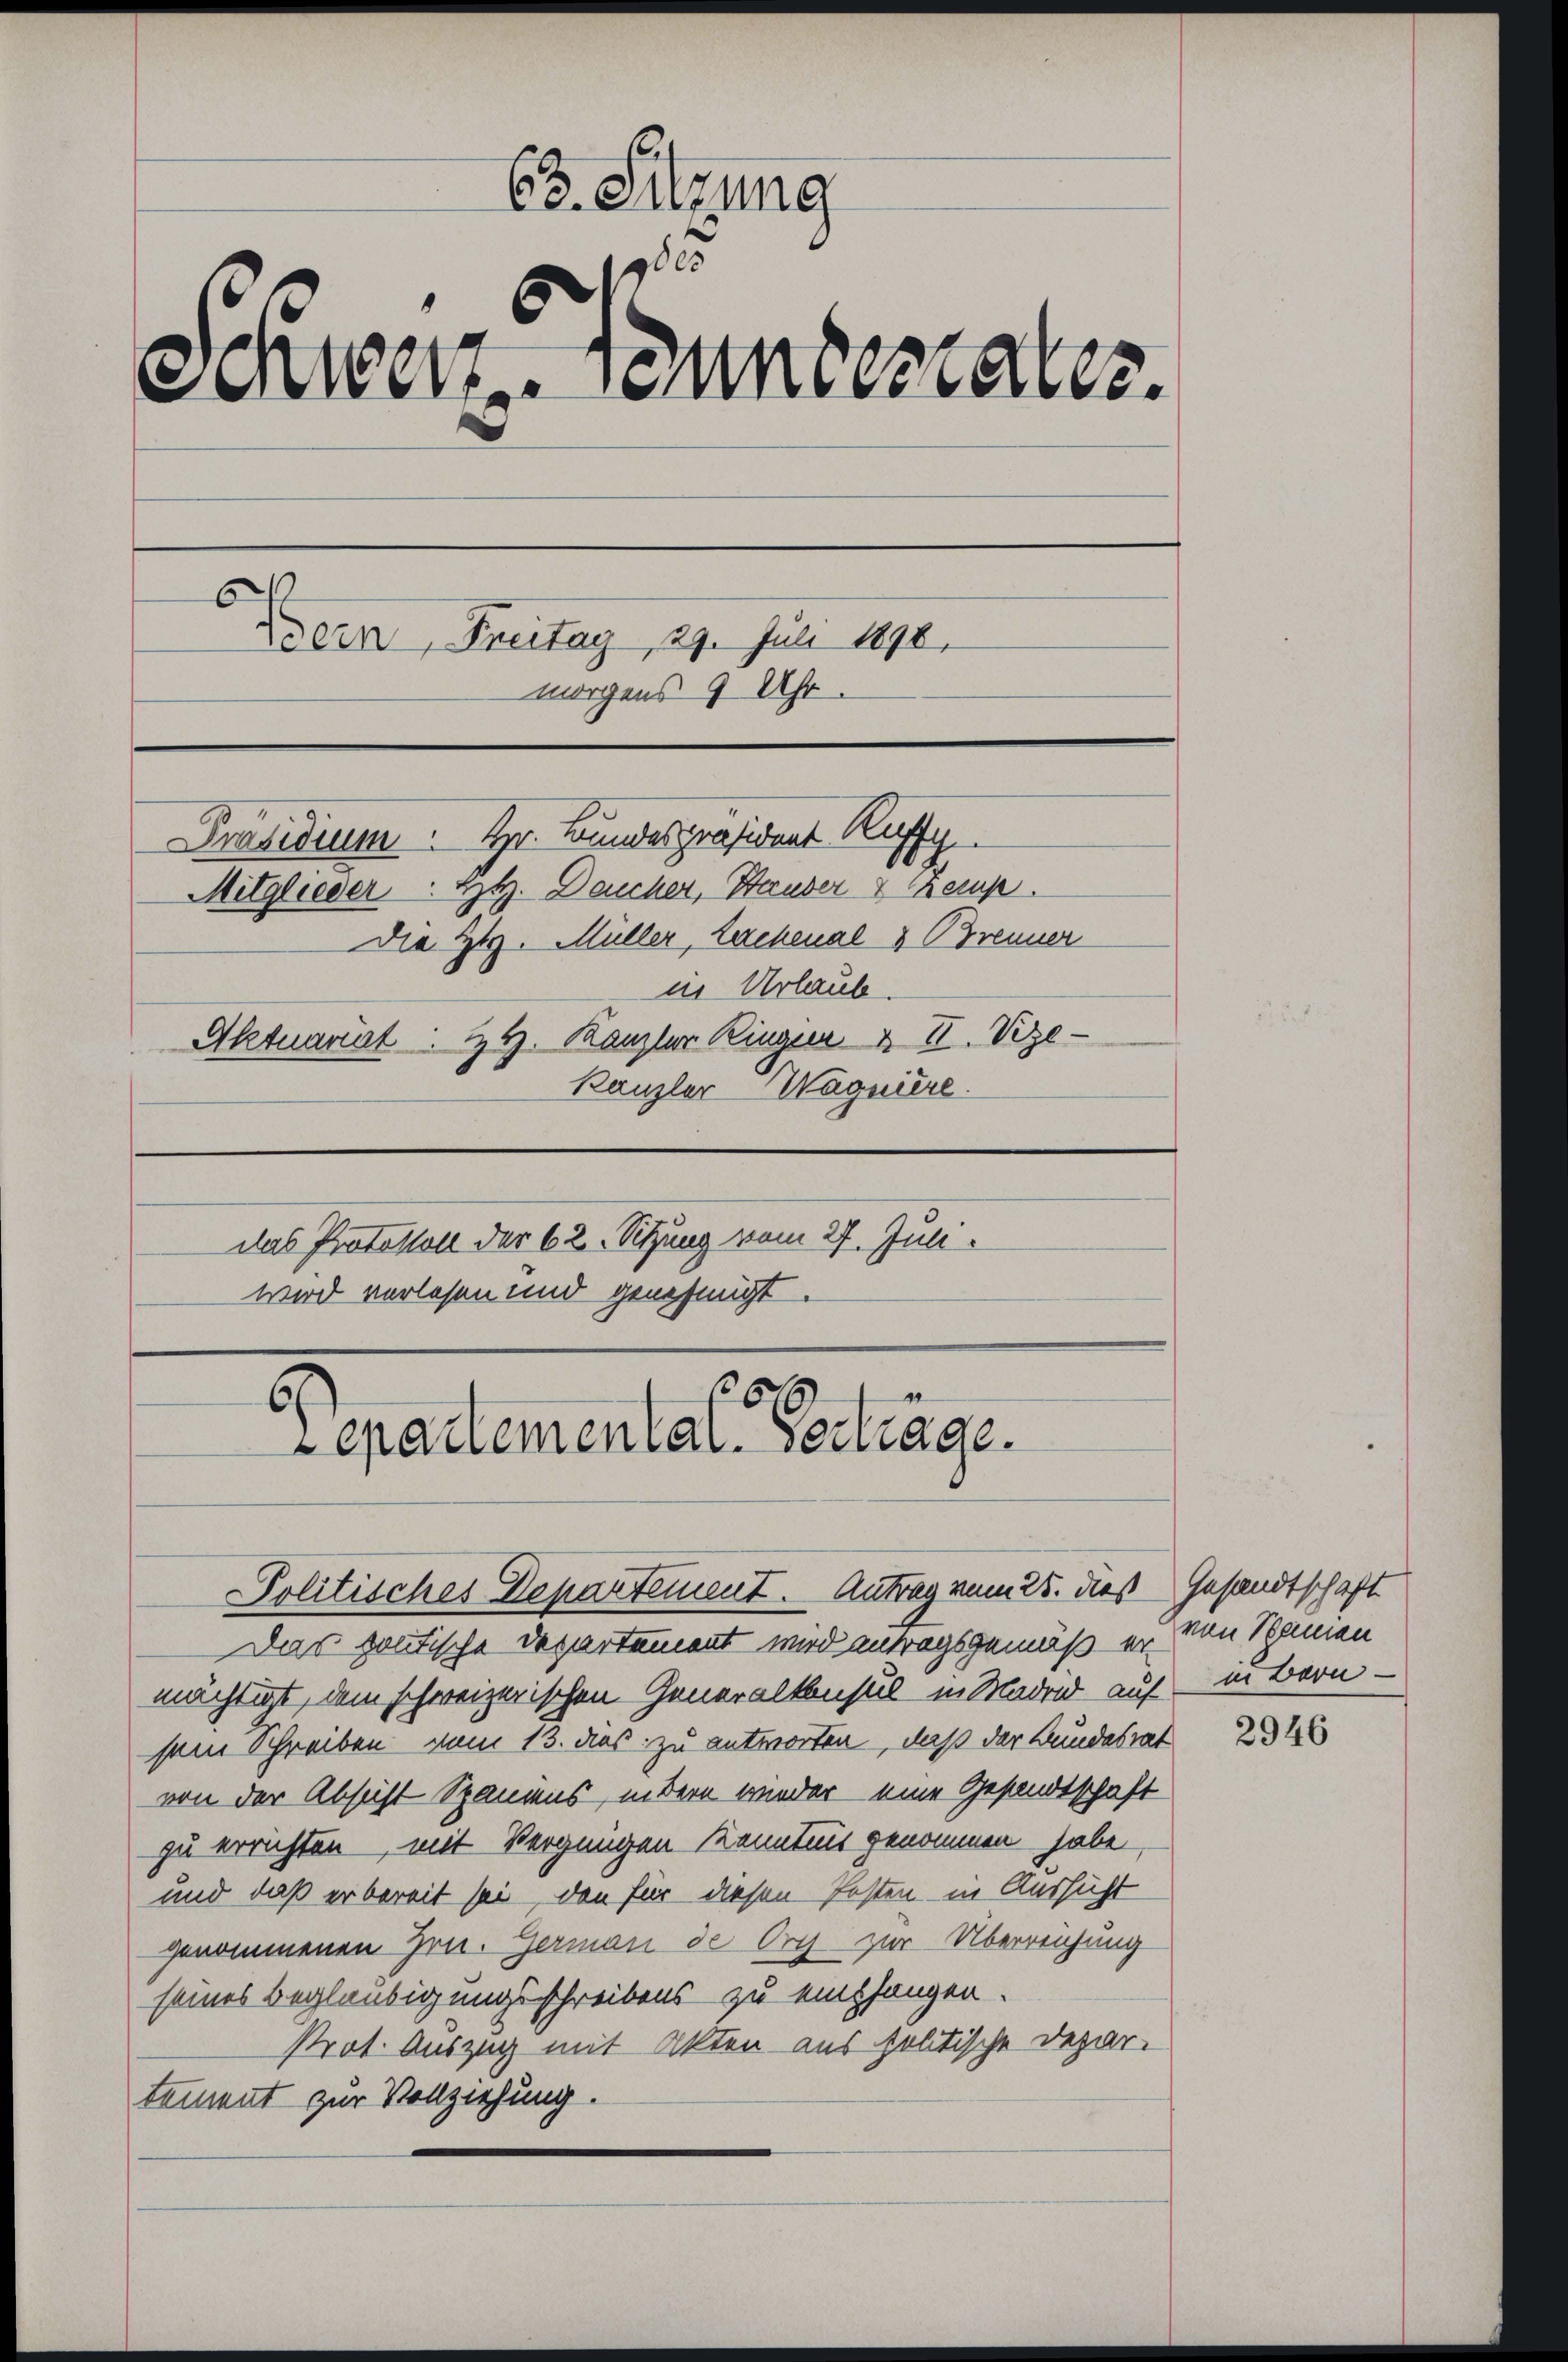
63. Sitzung
90er
Schwertentestates.
Prern, Freitag, 29. Juli 1890.
morgens 9 Uhr.
Präsidium Hr. Bundespräsident Ru
Mitglieder. Zt. Deucher, Stauder 2 Kemp
Die H. Müller, Lerchenal & Brenner
in Urlaub.
Aktuarit: ZH. Kanzler Ringer & II. Vize-
Kanzler Wagnière.
das Protokoll der 62. Sitzung vom 27. Juni.
wird verlesen und genehmigt.
2610
6.

epartemental. Vertrage.

Das gantische Departement wird antragsgemäß er von Schanien
mächtigt, dem schweizerischen Generalkonsul in Madrid auf in Bern -
sein Schreiben vom 13. des zu antworten, daß der Bundesrat
von der Absicht Spaniens, indern wieder eine Gesandtschaft
zu errichten, mit Vergnügen Kenntnis genommen habe,
und daß er bereit sei, den für diesen Posten in Aussicht
genommenen Hrn. German de Org zur Überreichung
seines Beglaubigungsschreibens zu empfangen.
Prot. Auszug mit Akten aus politische Depar-
tement zur Vollziehung.

Politisches Departement. Antrag vom 25. dieß

Gesandtschaft

2946